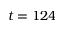
t = 1 2 4